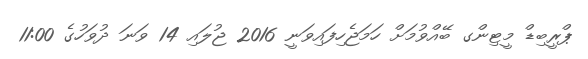
ޕްރީބިޑް މީޓިންގ ބޭއްވުމަށް ހަމަޖެހިފައިވަނީ 2016 ޖުލައި 14 ވަނަ ދުވަހުގެ 11:00